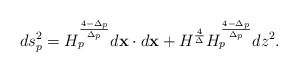
\begin{align*}ds^2_p=H^{{4-\Delta_p}\over{\Delta_p}}_pd{\bf x}\cdot d{\bf x}+H^{4\over\Delta}H^{{4-\Delta_p}\over{\Delta_p}}_p dz^2.\end{align*}